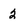
Character: 2